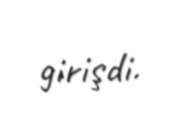
girişdi.